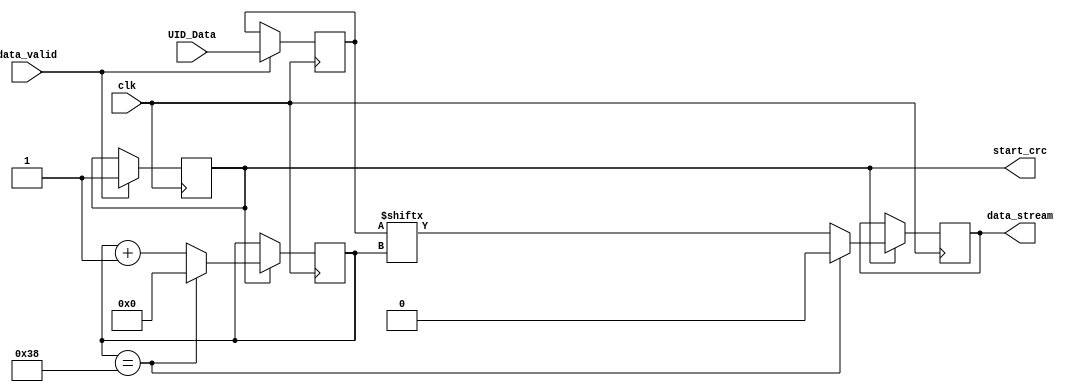
module osw_dt_shifter(
        
        input clk,
        // input from the data ctrl 
        input data_valid,
        input [63:0] UID_Data,
        
        // signal to the CRC+
        output               start_crc,
        output               data_stream
        );
        
        /* parameter declaaratiom*/
        parameter UID_SERIAL_DATA_WIDTH =56;
        parameter FIFO_WIDTH = 8;
        
        reg [63:0] r_UID_Data ;
        reg  r_start_data_stream ;
        reg [FIFO_WIDTH-1:0] data_count;
        reg r_data_Stream;
        
        
        always@(posedge clk) begin
            
            if (data_valid) begin
                r_UID_Data <=UID_Data;
                r_start_data_stream <= 1'b1;
            end 
            
            if (r_start_data_stream) begin
                r_data_Stream <= r_UID_Data[data_count];
                
                if (data_count == UID_SERIAL_DATA_WIDTH) begin
                     data_count <= 0;
                     r_data_Stream <=0;
                end else begin
                     data_count <= data_count + 1;
               end
            end
        end
 
    assign data_stream =  r_data_Stream;
    assign start_crc = r_start_data_stream;
    
    endmodule